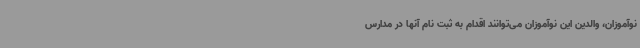
نوآموزان، والدین این نوآموزان می‌توانند اقدام به ثبت نام آنها در مدارس